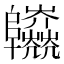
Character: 𨽱